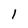
Character: 1